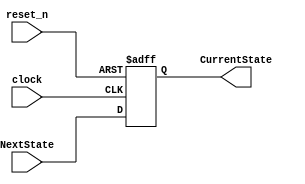
module CSL(
input clock,reset_n,
input [3:0] NextState,
output reg [3:0] CurrentState
);


always @(posedge clock, negedge reset_n ) begin
    if (reset_n == 0) begin
        CurrentState <= 0;
    end
    else 
        CurrentState <= NextState;
end
endmodule